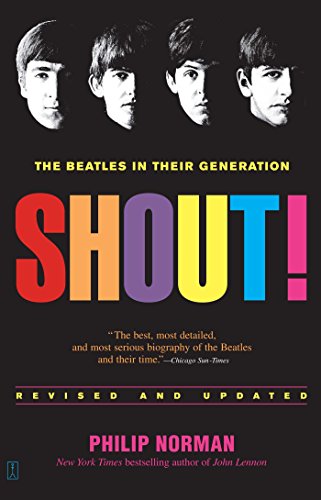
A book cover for Shout!: The Beatles in Their Generation; Philip Norman; Humor & Entertainment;